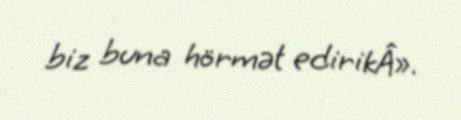
biz buna hörmət edirikÂ».